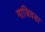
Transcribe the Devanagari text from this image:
माजिवडा